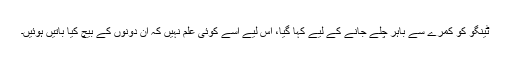
ٹینگو کو کمرے سے باہر چلے جانے کے لیے کہا گیا، اس لیے اسے کوئی علم نہیں کہ ان دونوں کے بیچ کیا باتیں ہوئیں۔